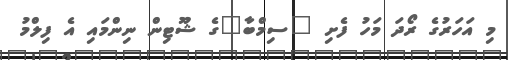
މި އަހަރުގެ ރޯދަ މަހު ފެށި "ސިމްބާ"ގެ ޝޫޓިން ނިންމައި އެ ފިލްމު